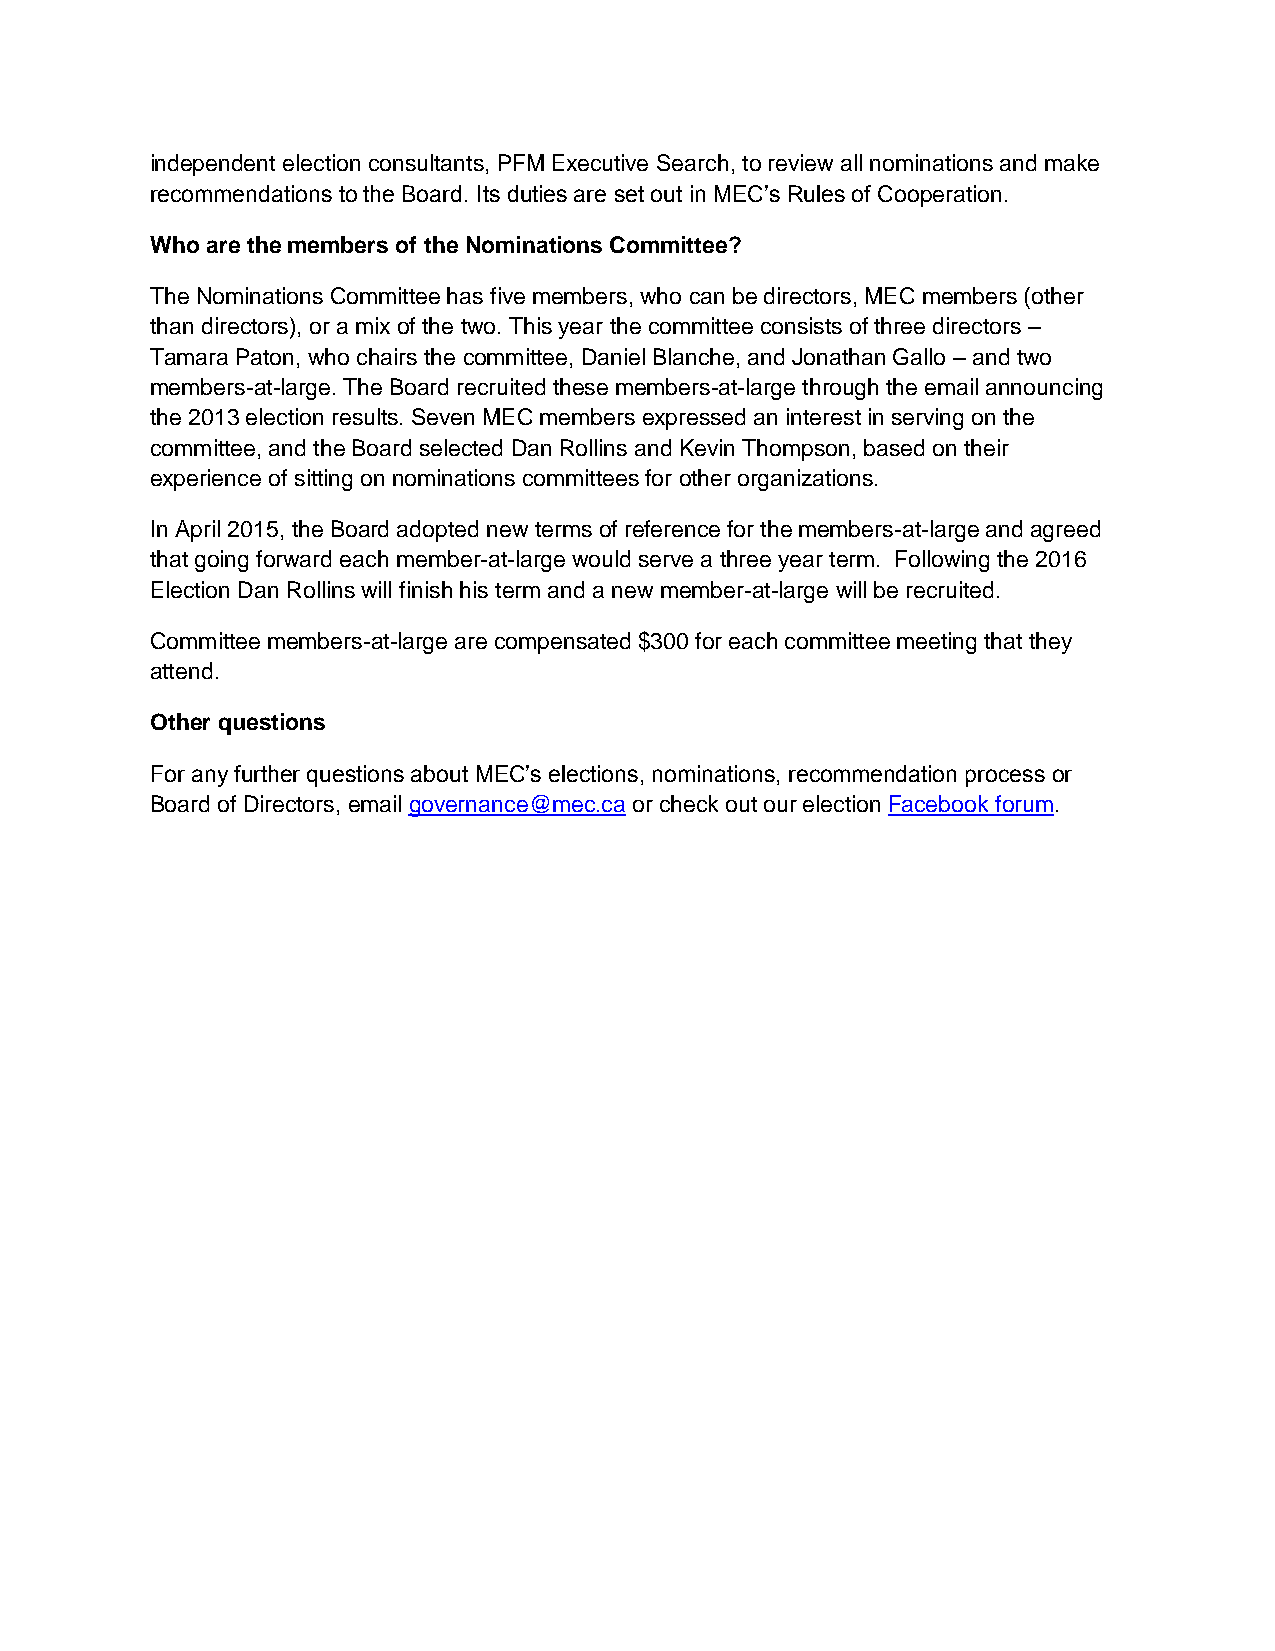
independent election consultants, PFM Executive Search, to review all nominations and make
 recommendations to the Board. Its duties are set out in MEC’s Rules of Cooperation.
 Who are the members of the Nominations Committee?
 The Nominations Committee has five members, who can be directors, MEC members (other
 than directors), or a mix of the two. This year the committee consists of three directors –
 Tamara Paton, who chairs the committee, Daniel Blanche, and Jonathan Gallo – and two
 members-at-large. The Board recruited these members-at-large through the email announcing
 the 2013 election results. Seven MEC members expressed an interest in serving on the
 committee, and the Board selected Dan Rollins and Kevin Thompson, based on their
 experience of sitting on nominations committees for other organizations.
 In April 2015, the Board adopted new terms of reference for the members-at-large and agreed
 that going forward each member-at-large would serve a three year term. Following the 2016
 Election Dan Rollins will finish his term and a new member-at-large will be recruited.
 Committee members-at-large are compensated $300 for each committee meeting that they
 attend.
 Other questions
 For any further questions about MEC’s elections, nominations, recommendation process or
 Board of Directors, email governance@mec.ca or check out our election Facebook forum.